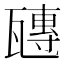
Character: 𤮍